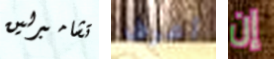
تشامبرلين أعرف إن